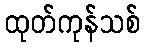
ထုတ်ကုန်သစ်